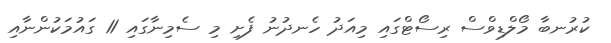
ކުރުނބާ މޯލްޑިވްސް ރިސޯޓްގައި މިއަދު ހެނދުނު ފެށި މި ސެމިނާގައި 11 ގައުމަކުންނާއި